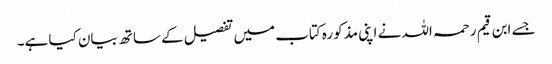
جسے ابن قیم رحمہ اللہ نے اپنی مذکورہ کتاب میں تفصیل کے ساتھ بیان کیا ہے۔